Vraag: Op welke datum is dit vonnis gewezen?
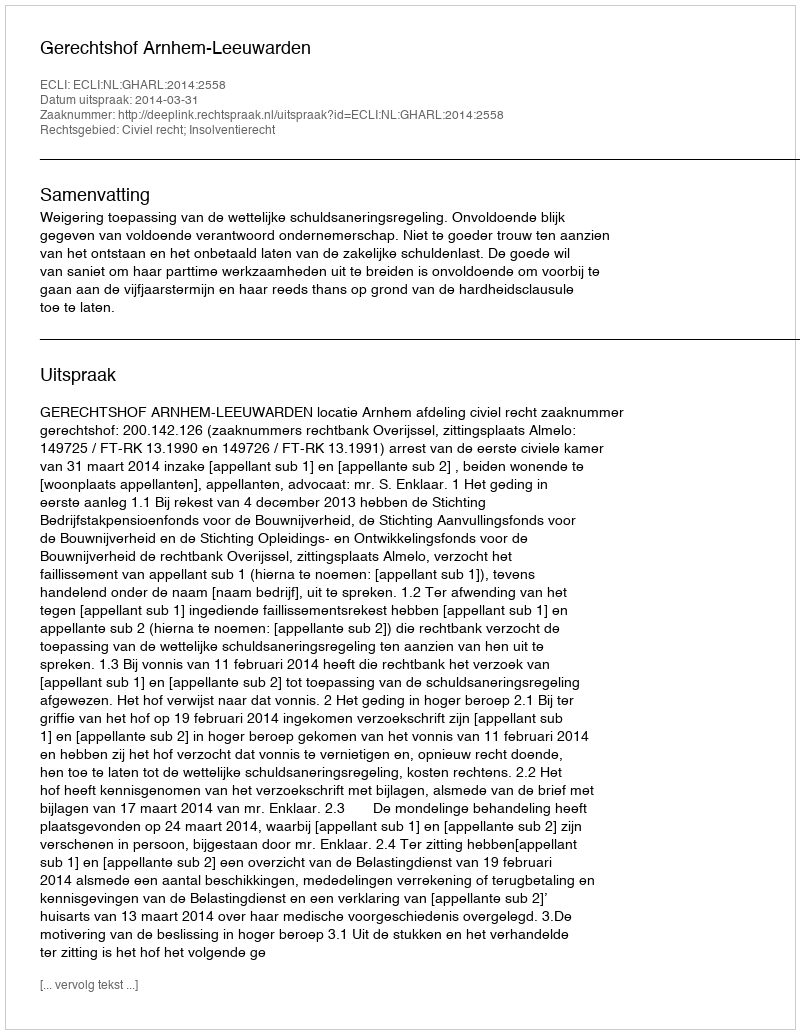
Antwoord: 2014-03-31